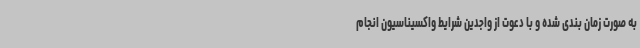
به صورت زمان بندی شده و با دعوت از واجدین شرایط واکسیناسیون انجام